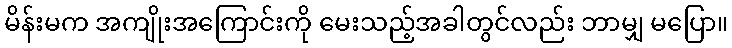
မိန်းမက အကျိုးအကြောင်းကို မေးသည့်အခါတွင်လည်း ဘာမျှ မပြော။